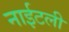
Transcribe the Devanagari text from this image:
नाईटली